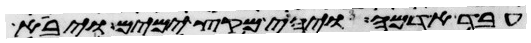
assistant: עבד אדמה ויהי מקץ ימים ויבא